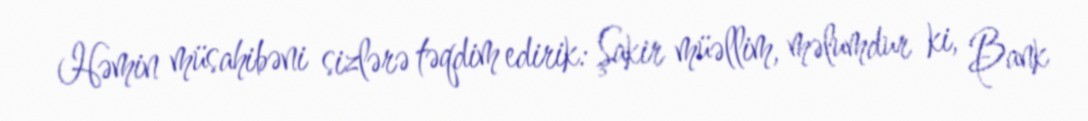
Həmin müsahibəni sizlərə təqdim edirik: Şakir müəllim, məlumdur ki, Bank